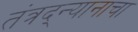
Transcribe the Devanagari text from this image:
तंत्रद्न्यानाचा